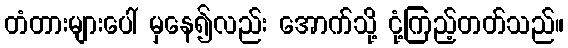
တံတားများပေါ် မှနေ၍လည်း အောက်သို့ ငုံ့ကြည့်တတ်သည်။